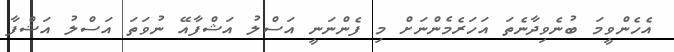
އެހެންވީމަ ބުނެވިދާނެތަ އަހަރެމެންނަށް މި ފެންނަނީ އަސްލު އަޝްފާއޭ ނުވަތަ އަސްލު އަޝްފާ